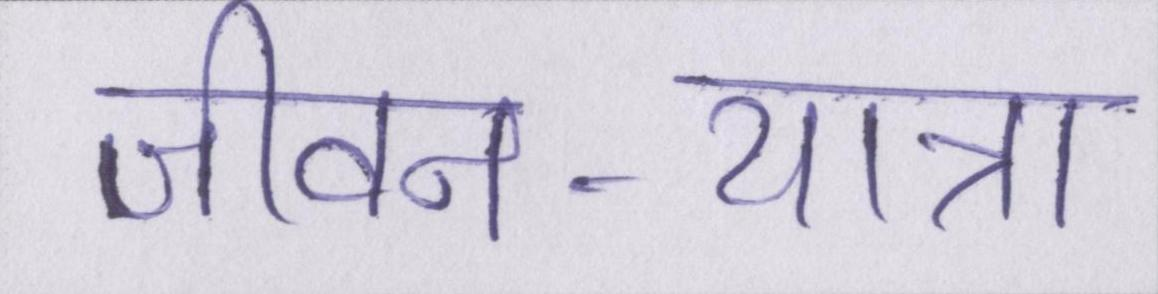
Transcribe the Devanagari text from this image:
जीवन-यात्रा